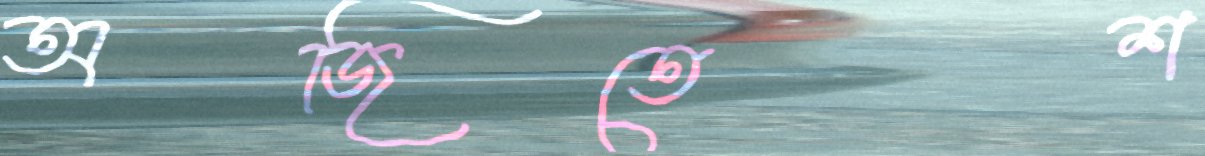
অজিতেশ